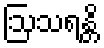
ဩသရန္တိ